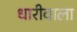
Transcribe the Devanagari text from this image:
धारीवाला